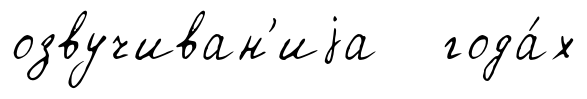
озвучиван'иjа года́х